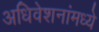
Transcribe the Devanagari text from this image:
अधिवेशनांमध्ये